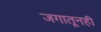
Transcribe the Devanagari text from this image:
जगातूनही